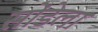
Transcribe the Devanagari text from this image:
सोंडेला